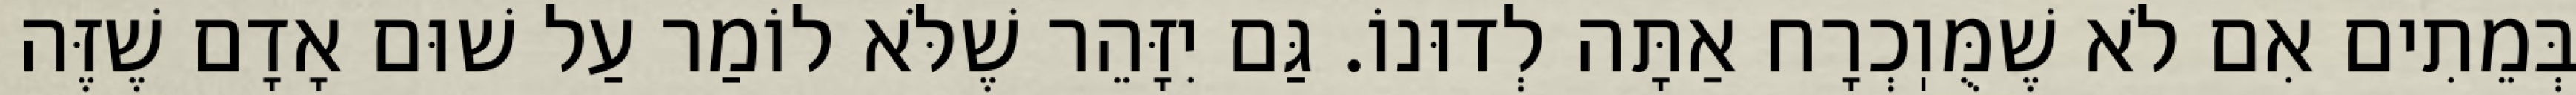
בְּמֵתִים אִם לֹא שֶׁמֻּוֽכְרָח אַתָּה לְדוּנוֹ. גַּם יִזָּהֵר שֶׁלֹּא לוֹמַר עַל שׁוּם אָדָם שֶׁזֶּה